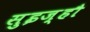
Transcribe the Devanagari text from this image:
सुइज़्हौ